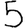
Digit: 5